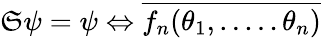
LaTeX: \mathfrak{S}\psi=\psi\Leftrightarrow\overline{{{{f_{n}(\theta_{1},.....\theta_{n})}}}}